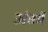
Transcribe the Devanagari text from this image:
अंतमें